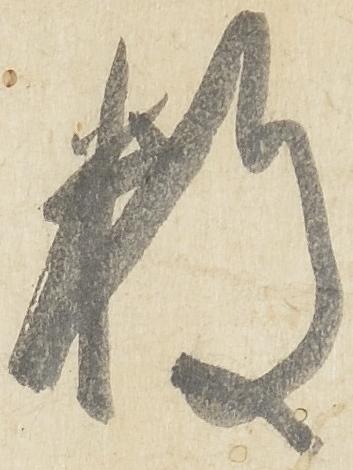
数